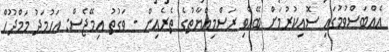
އެއްބަސްވުމުގައި ސޮއިކުރުމަށް ބޭއްވި ރަސްމިއްޔާތުގެ ތެރެއިން - ވަގުތު އިމޭޖެސް: އަހުމަދު މަމްދޫހް